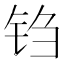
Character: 𫓮